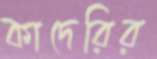
কাদেরির